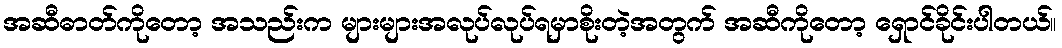
အဆီဓာတ်ကိုတော့ အသည်းက များများအလုပ်လုပ်ရမှာစိုးတဲ့အတွက် အဆီကိုတော့ ရှောင်ခိုင်းပါတယ်။